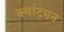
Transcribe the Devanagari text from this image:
क्वांटमन